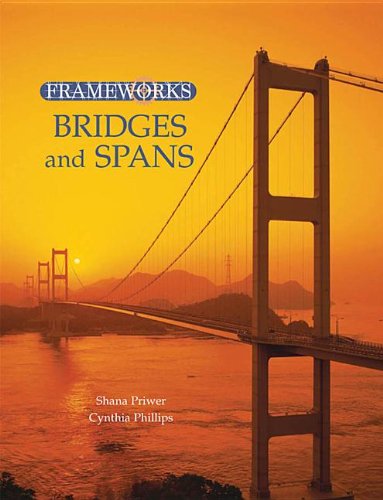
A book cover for Frameworks: "Bridges and Spans", "Skyscrapers and High Rises", "Dams and Waterways", "Ancient Monuments", "Modern Wonders"; Cynthia Phillips; Teen & Young Adult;